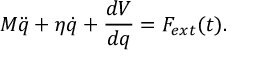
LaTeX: M \ddot { q } + \eta \dot { q } + \frac { d V } { d q } = F _ { e x t } ( t ) .